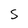
Character: S